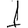
Digit: 1